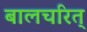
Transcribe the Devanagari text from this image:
बालचरित्‌